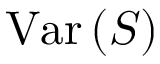
\mathrm { V a r } \left( S \right)